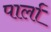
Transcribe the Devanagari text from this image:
पार्ला